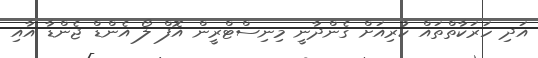
އަދި ހަރަކާތްތައް ކުރިއަށް ގެންދާނީ މިނިސްޓްރީން އޮފް ލޯ އެންޑް ޖެންޑާ އާއި